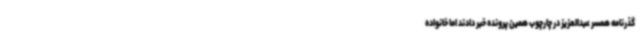
گذرنامه همسر عبدالعزیز در چارچوب همین پرونده خبر دادند اما خانواده